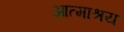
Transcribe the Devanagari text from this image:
आत्माश्रय